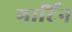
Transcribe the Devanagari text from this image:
गार्टिन